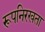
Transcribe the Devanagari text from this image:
रूपनिरखता